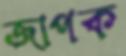
জাপক